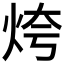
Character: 𱪾